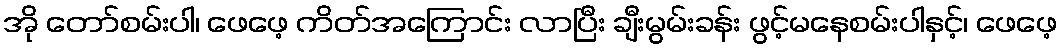
အို တော်စမ်းပါ၊ ဖေဖေ့ ကိတ်အကြောင်း လာပြီး ချီးမွမ်းခန်း ဖွင့်မနေစမ်းပါနှင့်၊ ဖေဖေ့